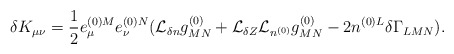
\begin{align*}\delta K_{\mu\nu} = \frac{1}{2}e^{(0)M}_{\mu}e^{(0)N}_{\nu}({\cal L}_{\delta n}g^{(0)}_{MN}+ {\cal L}_{\delta Z}{\cal L}_{n^{(0)}}g^{(0)}_{MN}- 2n^{(0)L}\delta\Gamma_{LMN}). \end{align*}